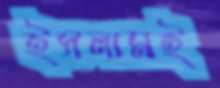
ইসলামই